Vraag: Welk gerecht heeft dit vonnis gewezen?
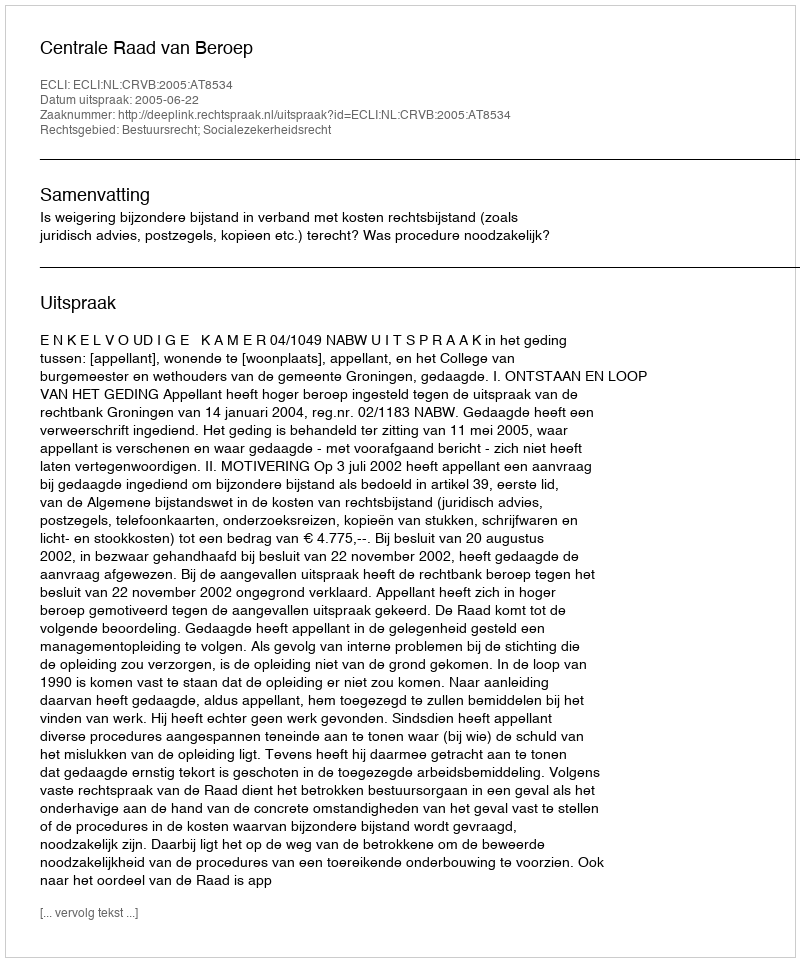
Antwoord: Centrale Raad van Beroep